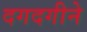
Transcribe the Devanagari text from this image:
दगदगीने